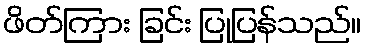
ဖိတ်ကြား ခြင်း ပြုပြန်သည်။